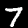
Label: 7